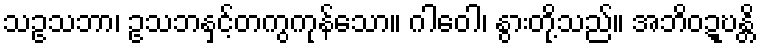
သဥသဘာ၊ ဥသဘနှင့်တကွကုန်သော။ ဂါဝေါ၊ နွားတို့သည်။ အဘိဝဍ္ဎန္တိ